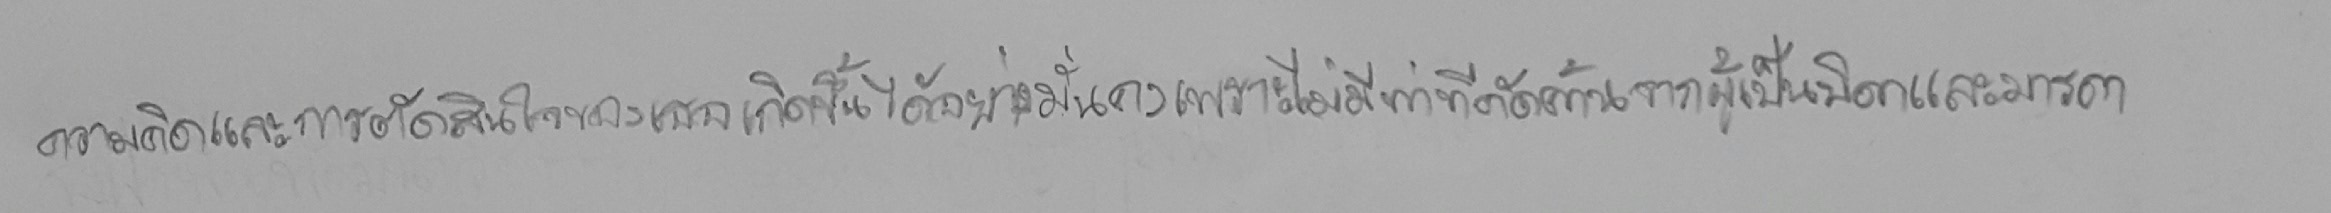
ความคิดและการตัดสินใจของเธอเกิดขึ้นได้อย่างมั่นคงเพราะไม่มีท่าทีคัดค้านจากผู้เป็นบิดาและมารดา